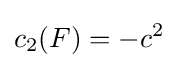
c_{2}(F)=-c^{2}